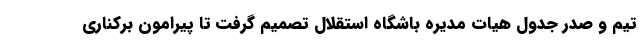
تیم و صدر جدول هیات مدیره باشگاه استقلال تصمیم گرفت تا پیرامون برکناری